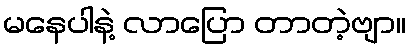
မနေပါနဲ့ လာပြော တာတဲ့ဗျာ။